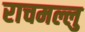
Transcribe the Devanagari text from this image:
राचमल्लु